Report of the Indian Hemp Drugs Commission, 1894-1895 - Volume IV
Year: 1894
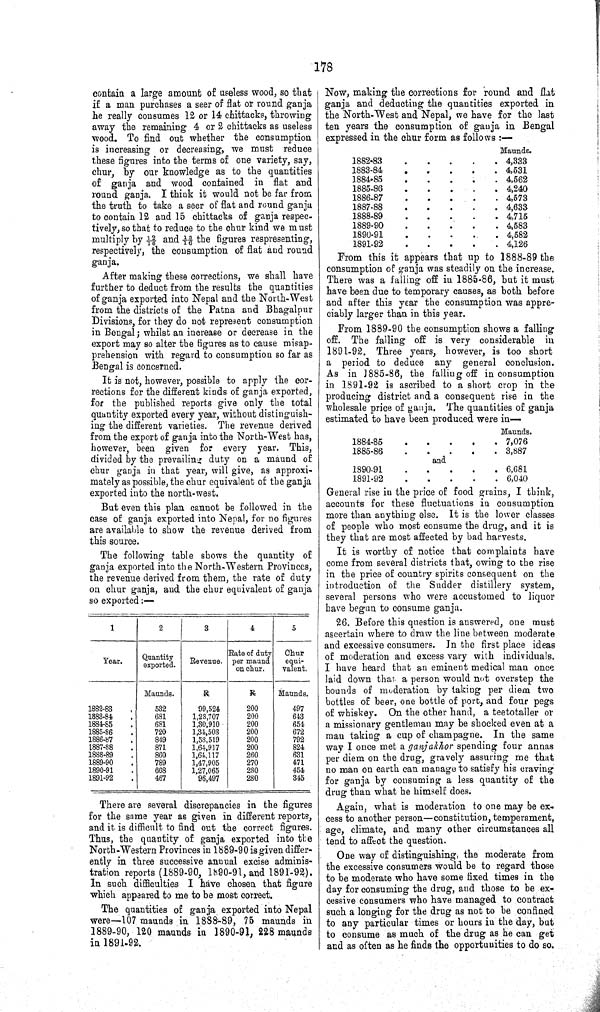
178
contain a large amount of useless wood, so that
if a man purchases a seer of flat or round ganja
he really consumes 12 or 14 chittacks, throwing
away the remaining 4 or 2 chittacks as useless
wood. To find out whether the consumption
is increasing or decreasing, we must reduce
these figures into the terms of one variety, say,
chur, by our knowledge as to the quantities
of ganja and wood contained in flat and
round ganja. I think it would not be far from
the truth to take a seer of flat and round ganja
to contain 12 and 15 chittacks of ganja respec¬
tively, so that to reduce to the chur kind we must
multiply by 12\16 and 15\16 the figures respresenting,
respectively, the consumption of flat and round
ganja.
After making these corrections, we shall have
further to deduct from the results the quantities
of ganja exported into Nepal and the North-West
from the districts of the Patna and Bhagalpur
Divisions, for they do not represent consumption
in Bengal; whilst an increase or decrease in the
export may so alter the figures as to cause misap¬
prehension with regard to consumption so far as
Bengal is concerned.
It is not, however, possible to apply the cor¬
rections for the different kinds of ganja exported,
for the published reports give only the total
quantity exported every year, without distinguish¬
ing the different varieties. The revenue derived
from the export of ganja into the North-West has,
however, been given for every year. This,
divided by the prevailing duty on a maund of
chur ganja in that year, will give, as approxi¬
mately as possible, the chur equivalent of the ganja
exported into the north-west.
But even this plan cannot be followed in the
case of ganja exported into Nepal, for no figures
are available to show the revenue derived from
this source.
The following table shows the quantity of
ganja exported into the North-Western Provinces,
the revenue derived from them, the rate of duty
on chur ganja, and the chur equivalent of ganja
so exported:—
1
2
3
4
5
Year.
Quantity
exported.
Revenue.
Rate of duty
per maund
on chur.
Chur
equi¬
valent.
Maunds.
R
R
Maunds.
1882-83
532
99,524
200
497
1883-84
681
1,28,707
200
643
1884-85
681
1,30,910
200
654
1885-86
720
1,34,503
200
672
1886-87
849
1,58,519
200
792
1887-88
871
1,64,917
200
824
1888-89
860
1,64,117
260
631
1889-90
789
1,47,905
270
471
1890-91
668
1,27,065
280
454
1891-92
467
96,497
280
345
There are several discrepancies in the figures
for the same year as given in different reports,
and it is difficult to find out the correct figures.
Thus, the quantity of ganja exported into the
North-Western Provinces in 1889-90 is given differ¬
ently in three successive annual excise adminis¬
tration reports (1889-90, 1890-91, and 1891-92).
In such difficulties I have chosen that figure
which appeared to me to be most correct.
The quantities of ganja exported into Nepal
were—107 maunds in 1888-89, 75 maunds in
1889-90, 120 maunds in 1890-91, 228 maunds
in 1891-92.
Now, making the corrections for round and flat
ganja and deducting the quantities exported in
the North-West and Nepal, we have for the last
ten years the consumption of ganja in Bengal
expressed in the chur form as follows:—
Maunds.
1882-83
4,333
1883-84
4,531
1884-85
4,562
1885-86
4,240
1886-87
4,573
1887-88
4,633
1888-89
4,715
1889-90
4,583
1890-91
4,582
1891-92
4,126
From this it appears that up to 1888-89 the
consumption of ganja was steadily on the increase.
There was a falling off in 1885-86, but it must
have been due to temporary causes, as both before
and after this year the consumption was appre¬
ciably larger than in this year.
From 1889-90 the consumption shows a falling
off. The falling off is very considerable in
1891-92. Three years, however, is too short
a period to deduce any general conclusion.
As in 1885-86, the falling off in consumption
in 1891-92 is ascribed to a short crop in the
producing district and a consequent rise in the
wholesale price of ganja. The quantities of ganja
estimated to have been produced were in—
Maunds.
1884-85
7,076
1885-86
3,887
and
1890-91
6,681
1891-92
6,040
General rise in the price of food grains, I think,
accounts for these fluctuations in consumption
more than anything else. It is the lower classes
of people who most consume the drug, and it is
they that are most affected by bad harvests.
It is worthy of notice that complaints have
come from several districts that, owing to the rise
in the price of country spirits consequent on the
introduction of the Sudder distillery system,
several persons who were accustomed to liquor
have begun to consume ganja.
26. Before this question is answered, one must
ascertain where to draw the line between moderate
and excessive consumers. In the first place ideas
of moderation and excess vary with individuals.
I have heard that an eminent medical man once
laid down that a person would not overstep the
bounds of moderation by taking per diem two
bottles of beer, one bottle of port, and four pegs
of whiskey. On the other hand, a teetotaller or
a missionary gentleman may be shocked even at a
man taking a cup of champagne. In the same
way I once met a ganjakhor spending four annas
per diem on the drug, gravely assuring me that
no man on earth can manage to satisfy his craving
for ganja by consuming a less quantity of the
drug than what he himself does.
Again, what is moderation to one may be ex¬
cess to another person—constitution, temperament,
age, climate, and many other circumstances all
tend to affect the question.
One way of distinguishing, the moderate from
the excessive consumers would be to regard those
to be moderate who have some fixed times in the
day for consuming the drug, and those to be ex¬
cessive consumers who have managed to contract
such a longing for the drug as not to be confined
to any particular times or hours in the day, but
to consume as much of the drug as he can get
and as often as he finds the opportunities to do so.